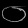
Digit: ၀